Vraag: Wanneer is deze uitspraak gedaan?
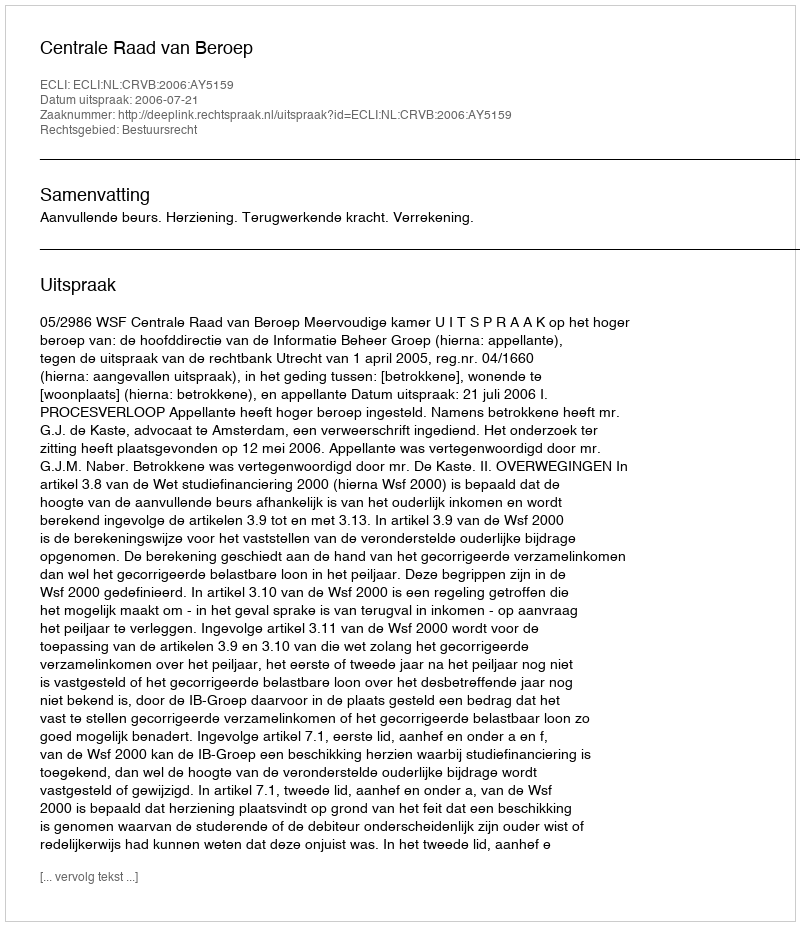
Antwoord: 2006-07-21